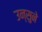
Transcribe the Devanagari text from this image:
उन्सुने